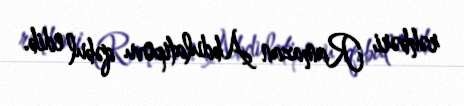
rəhbəri Ramazan Abdulatipovu qəbul edib.